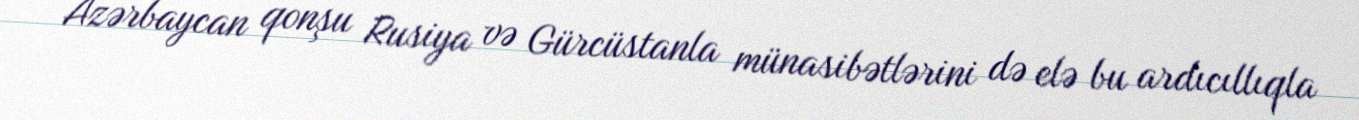
Azərbaycan qonşu Rusiya və Gürcüstanla münasibətlərini də elə bu ardıcıllıqla